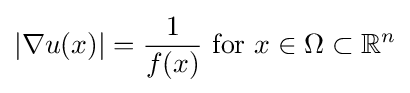
\left|\nabla u(x)\right|={\frac {1}{f(x)}}{\text{ for }}x\in \Omega \subset \mathbb {R} ^{n}